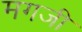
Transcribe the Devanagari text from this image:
मगजी